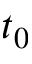
t _ { 0 }